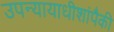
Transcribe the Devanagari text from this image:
उपन्यायाधीशांपैकी